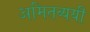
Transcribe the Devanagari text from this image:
अमितव्ययी